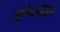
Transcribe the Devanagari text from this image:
यूनिवार्सिटी